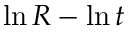
\ln { R } - \ln { t }